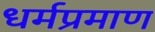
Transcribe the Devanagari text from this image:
धर्मप्रमाण